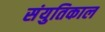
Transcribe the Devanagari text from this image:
संयुतिकाल